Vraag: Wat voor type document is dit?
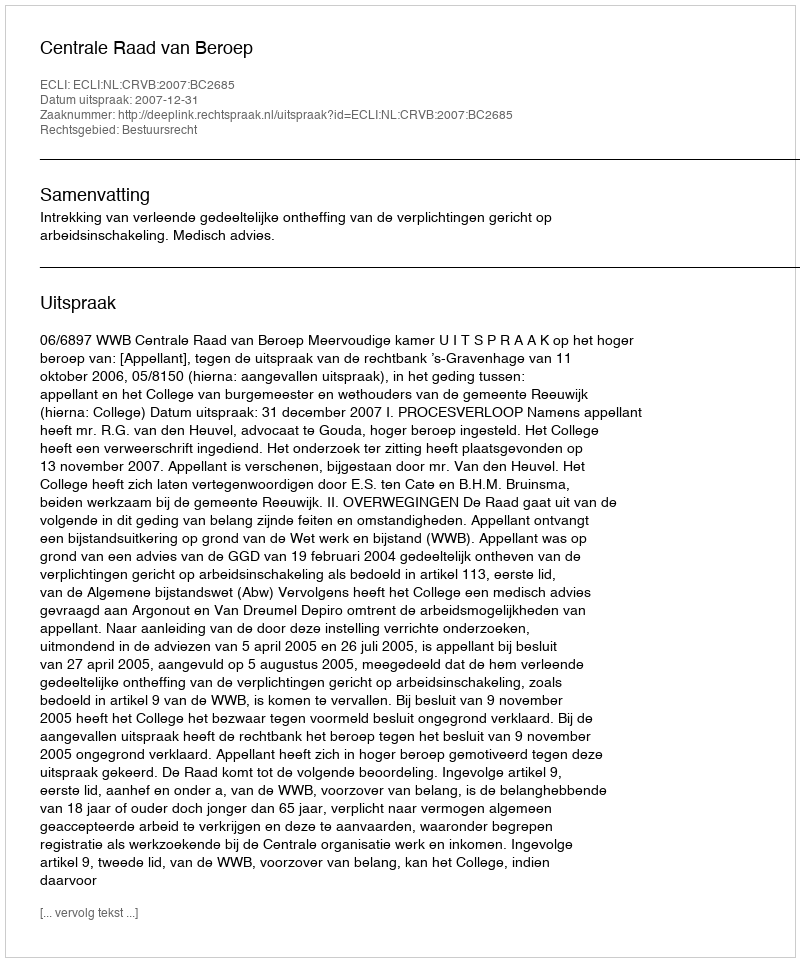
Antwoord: Uitspraak